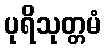
ပုရိသုတ္တမံ